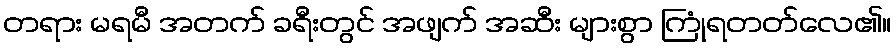
တရား မရမီ အတက် ခရီးတွင် အဖျက် အဆီး များစွာ ကြုံရတတ်လေ၏။